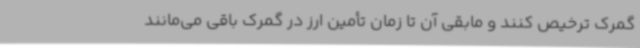
گمرک ترخیص کنند و مابقی آن تا زمان تأمین ارز در گمرک باقی می‌مانند